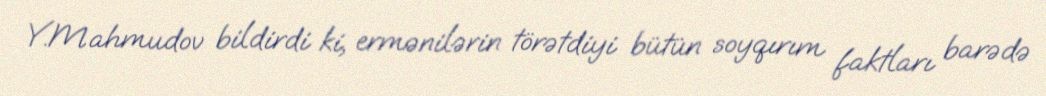
Y.Mahmudov bildirdi ki, ermənilərin törətdiyi bütün soyqırım faktları barədə